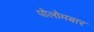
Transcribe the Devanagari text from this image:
पोलोमबार